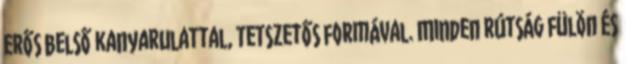
erős belső kanyarulattal, tetszetős formával. Minden rútság fülön és